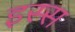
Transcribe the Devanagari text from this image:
इस्स